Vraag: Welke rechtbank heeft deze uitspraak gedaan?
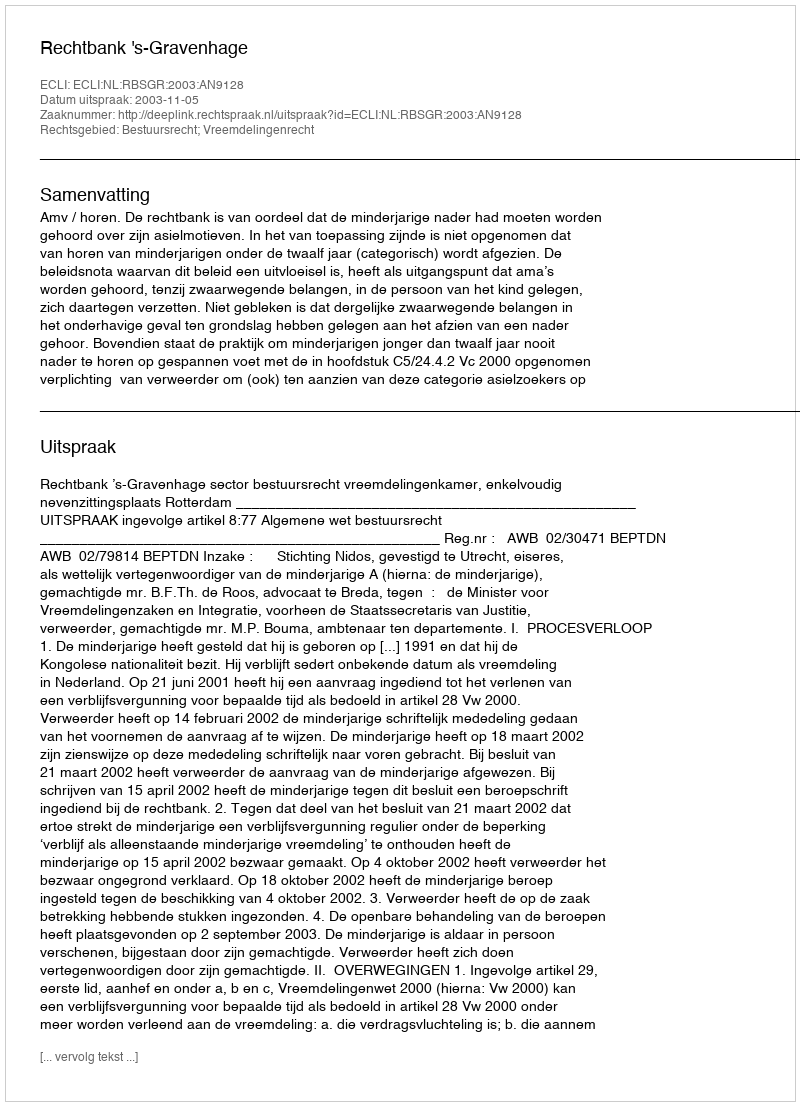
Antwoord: Rechtbank 's-Gravenhage